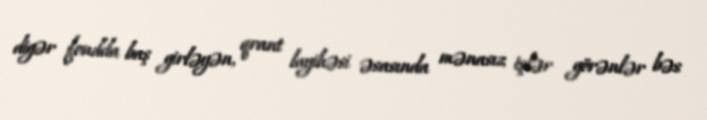
digər fondda baş girləyən, qrant layihəsi əsasında mənasız işlər görənlər bəs